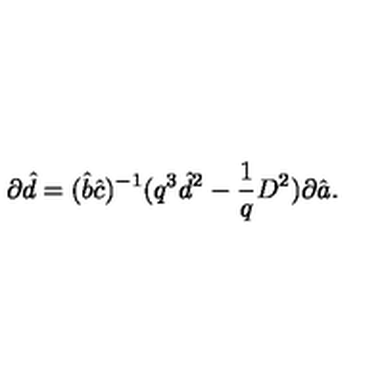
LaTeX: \partial \hat { d } = ( \hat { b } \hat { c } ) ^ { - 1 } ( q ^ { 3 } \hat { d } ^ { 2 } - \frac { 1 } { q } D ^ { 2 } ) \partial \hat { a } .